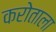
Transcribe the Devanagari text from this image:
करोताला